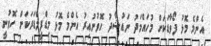
އެންމެ މޮޅު ފޯވާޑަކަށް މުހައްމަދު ނައުޝާދު ހޮވުނުއިރު އެންމެ މޮޅު މިޑްފީލްޑަރަކަށް ހޮވުނީ